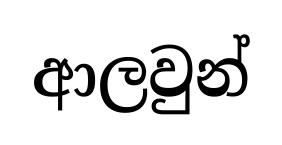
ආලවුන්